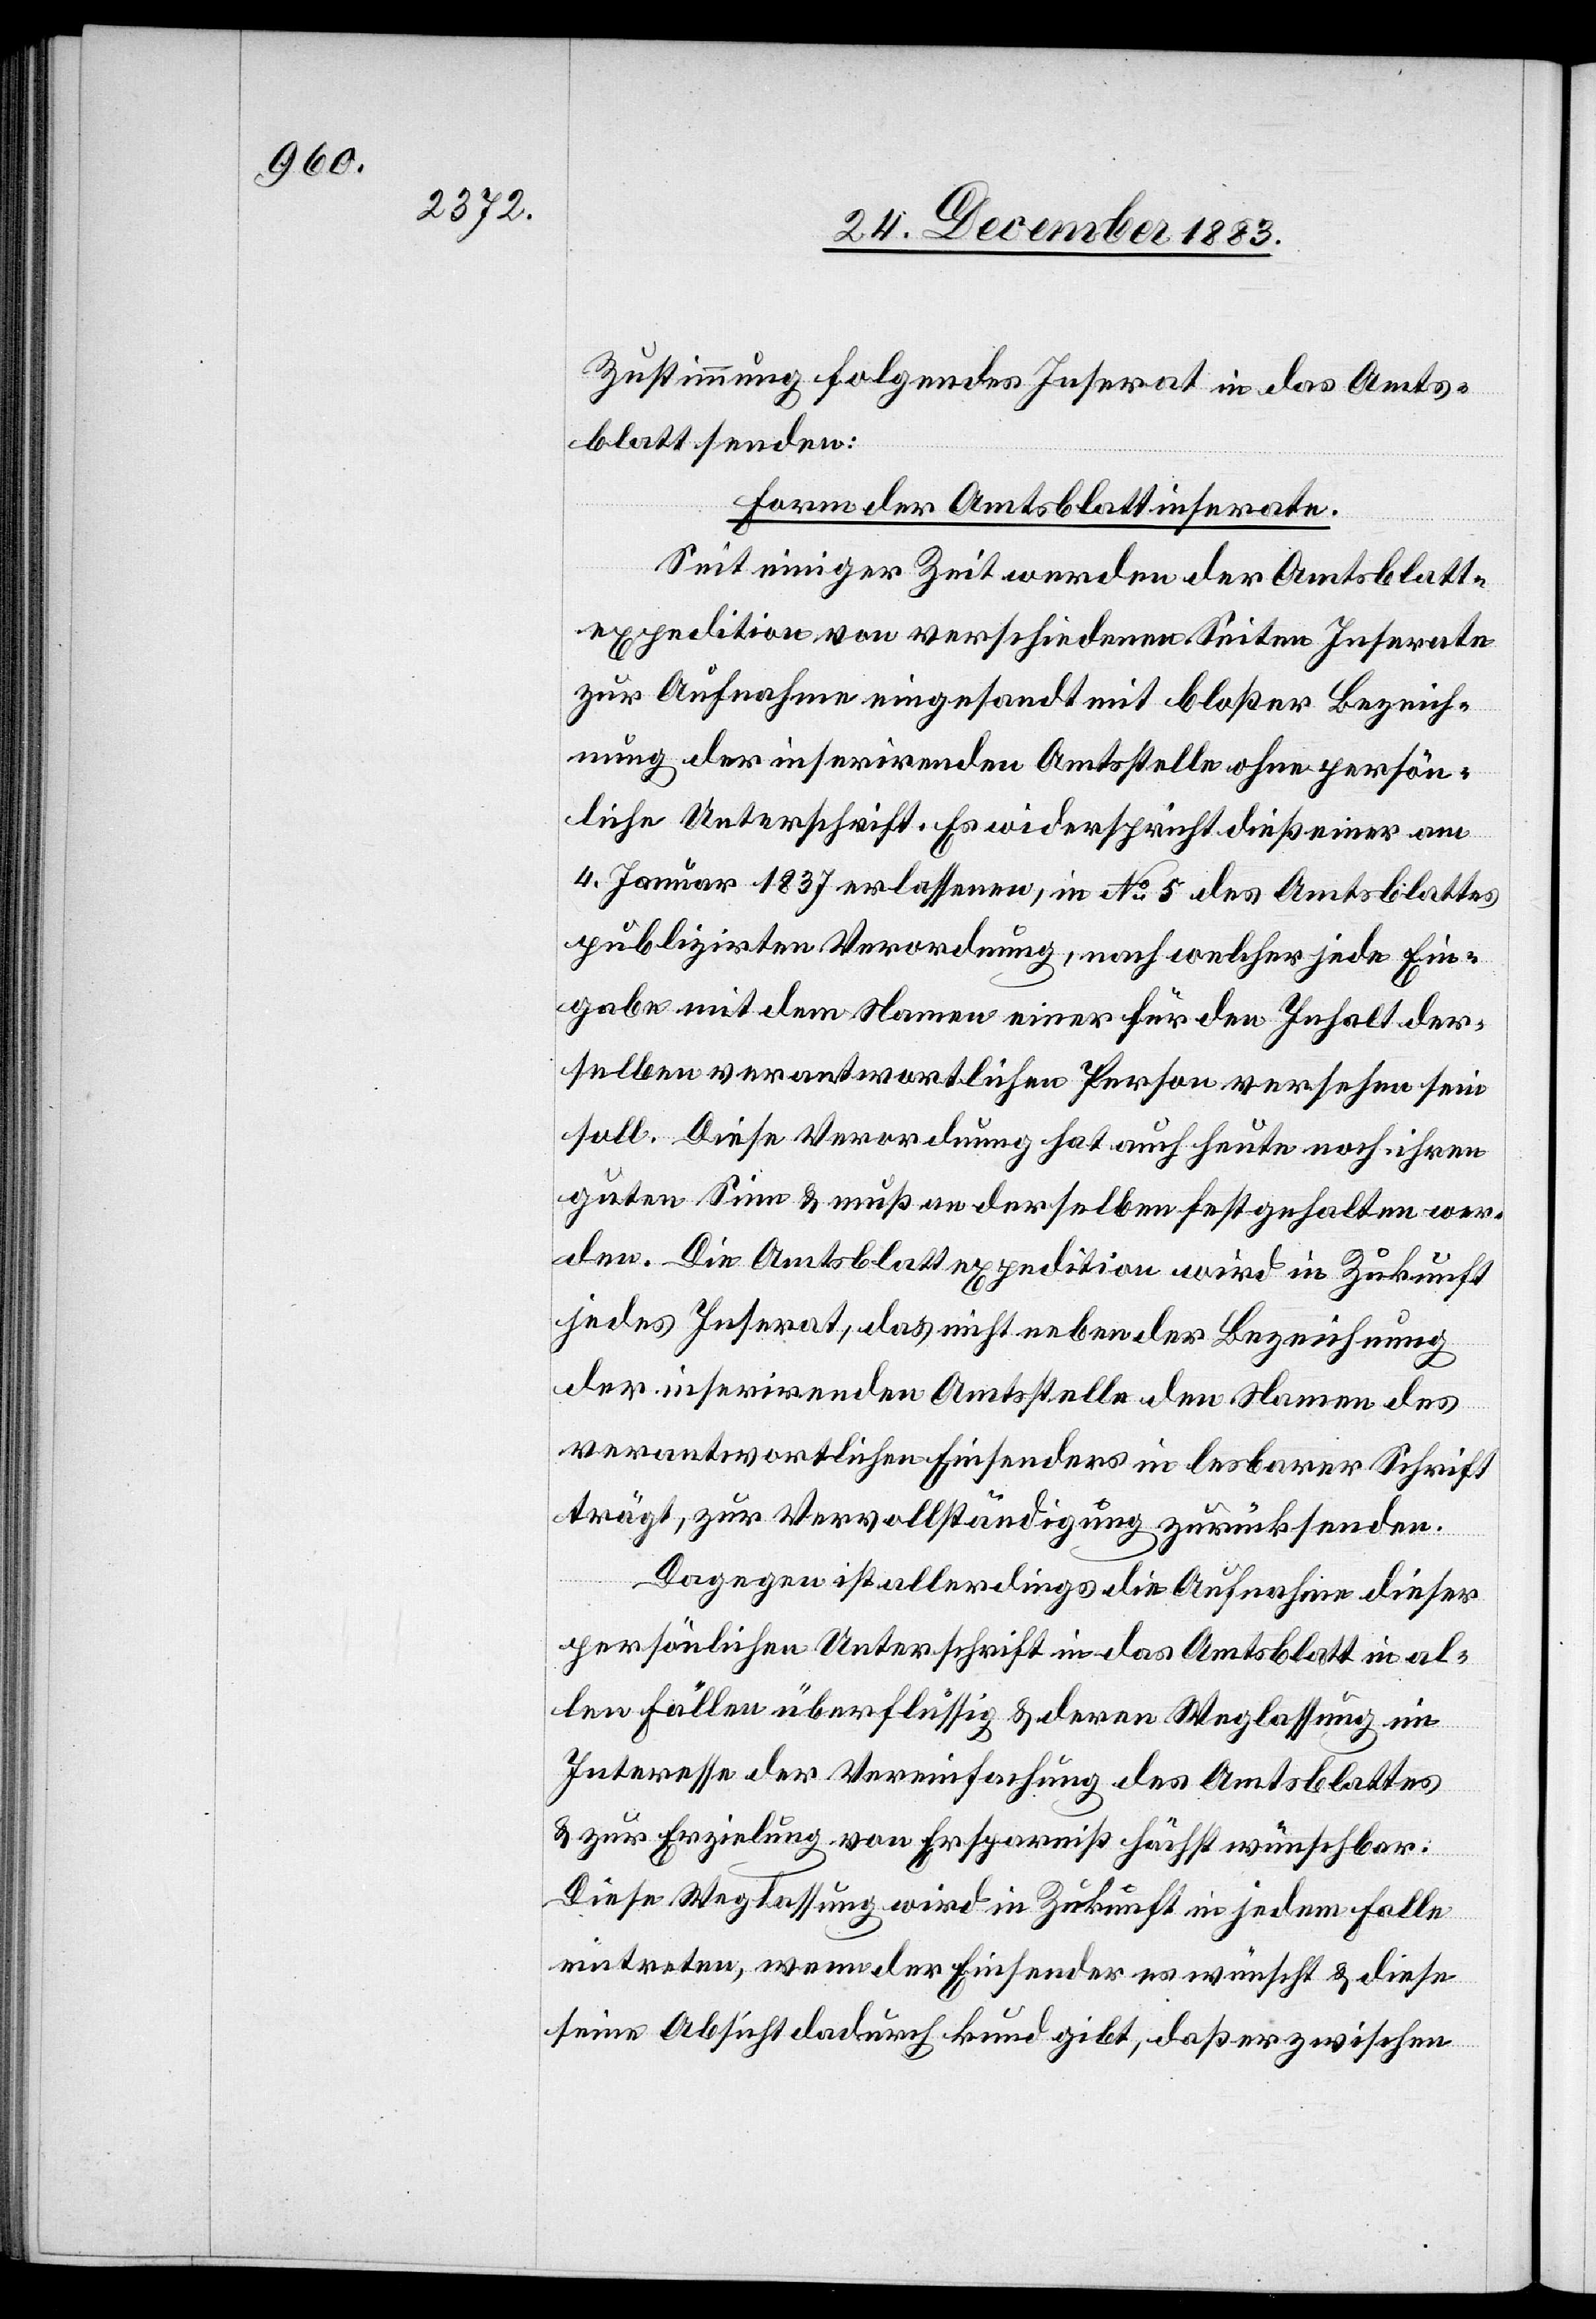
Zustimmung folgendes Inserat in das Amts¬
blatt senden:
Form der Amtsblattinserate.
Seit einiger Zeit werden der Amtsblatt¬
expedition von verschiedenen Seiten Inserate
zur Aufnahme eingesandt mit bloßer Bezeich¬
nung der inserirenden Amtsstelle ohne persön¬
liche Unterschrift. Es widerspricht dieß einer am
4.Januar 1837 erlassenen, in No 5 des Amtsblattes
publizirten Verordnung, nach welcher jede Ein¬
gabe mit dem Namen einer für den Inhalt der¬
selben verantwortlichen Person versehen sein
soll. Diese Verordnung hat auch heute noch ihren
guten Sinn & muß an derselben festgehalten wer¬
den. Die Amtsblattexpedition wird in Zukunft
jedes Inserat, das nicht neben der Bezeichnung
der inserirenden Amtsstelle den Namen des
verantwortlichen Einsenders in lesbarer Schrift
trägt, zur Vervollständigung zurücksenden.
Dagegen ist allerdings die Aufnahme dieser
persönlichen Unterschrift in das Amtsblatt in al¬
len Fällen überflüssig & deren Weglassung im
Interesse der Vereinfachung des Amtsblattes
& zur Erzielung von Ersparniß höchst wünschbar.
Diese Weglassung wird in Zukunft in jedem Falle
eintreten, wenn der Einsender es wünscht & diese
seine Absicht dadurch kund gibt, daß er zwischen